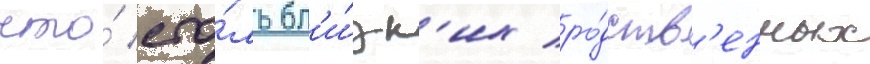
что́ сто́ль бл'и́зк'их ро́дств'енных